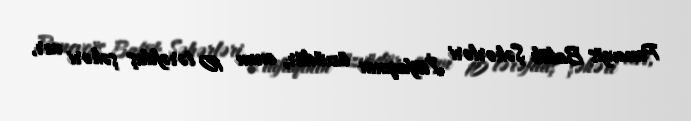
Panevejis Baltik Şəhərləri İttifaqının üzvüdür, onun 10 tərəfdaş şəhəri var,